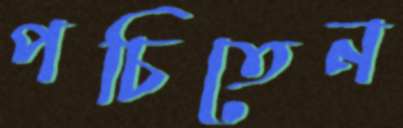
পচিতেন